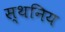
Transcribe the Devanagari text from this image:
स्थनिय